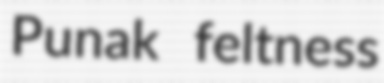
Punak feltness